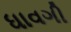
ધાવગી